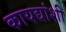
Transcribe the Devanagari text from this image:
कायद्यांशी